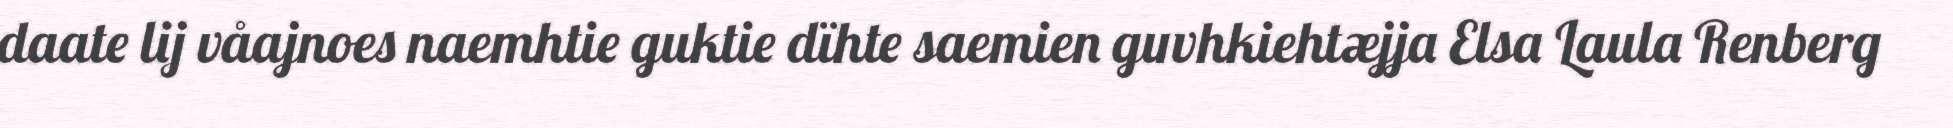
daate lij våajnoes naemhtie guktie dïhte saemien guvhkiehtæjja Elsa Laula Renberg